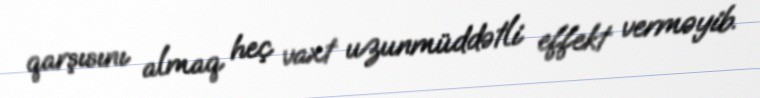
qarşısını almaq heç vaxt uzunmüddətli effekt verməyib.